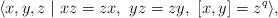
LaTeX: \begin{align*}\langle{x,y,z}\mid{xz=zx,~yz=zy,~[x,y]=z^q}\rangle,\end{align*}